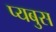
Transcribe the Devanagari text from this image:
प्यबुस